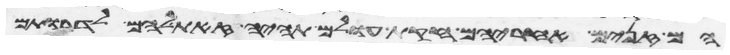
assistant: הם זנים אחריהם חקות עולם תהיה זאת להם לדרותם